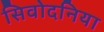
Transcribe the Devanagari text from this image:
सिवोदनिया